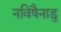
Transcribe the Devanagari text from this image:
नविषैनाडु